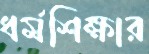
ধর্মশিক্ষার